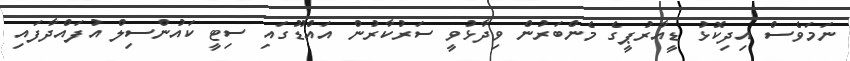
ނަމަވެސް އިދިކޮޅު ޑީއާރުޕީގެ މެންބަރުން ވިދާޅުވީ ސަރުކާރުން އައްޑޫގައި ސިޓީ ކައުންސިލް އުފައްދާފައި